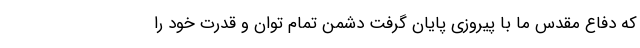
که دفاع مقدس ما با پیروزی پایان گرفت دشمن تمام توان و قدرت خود را